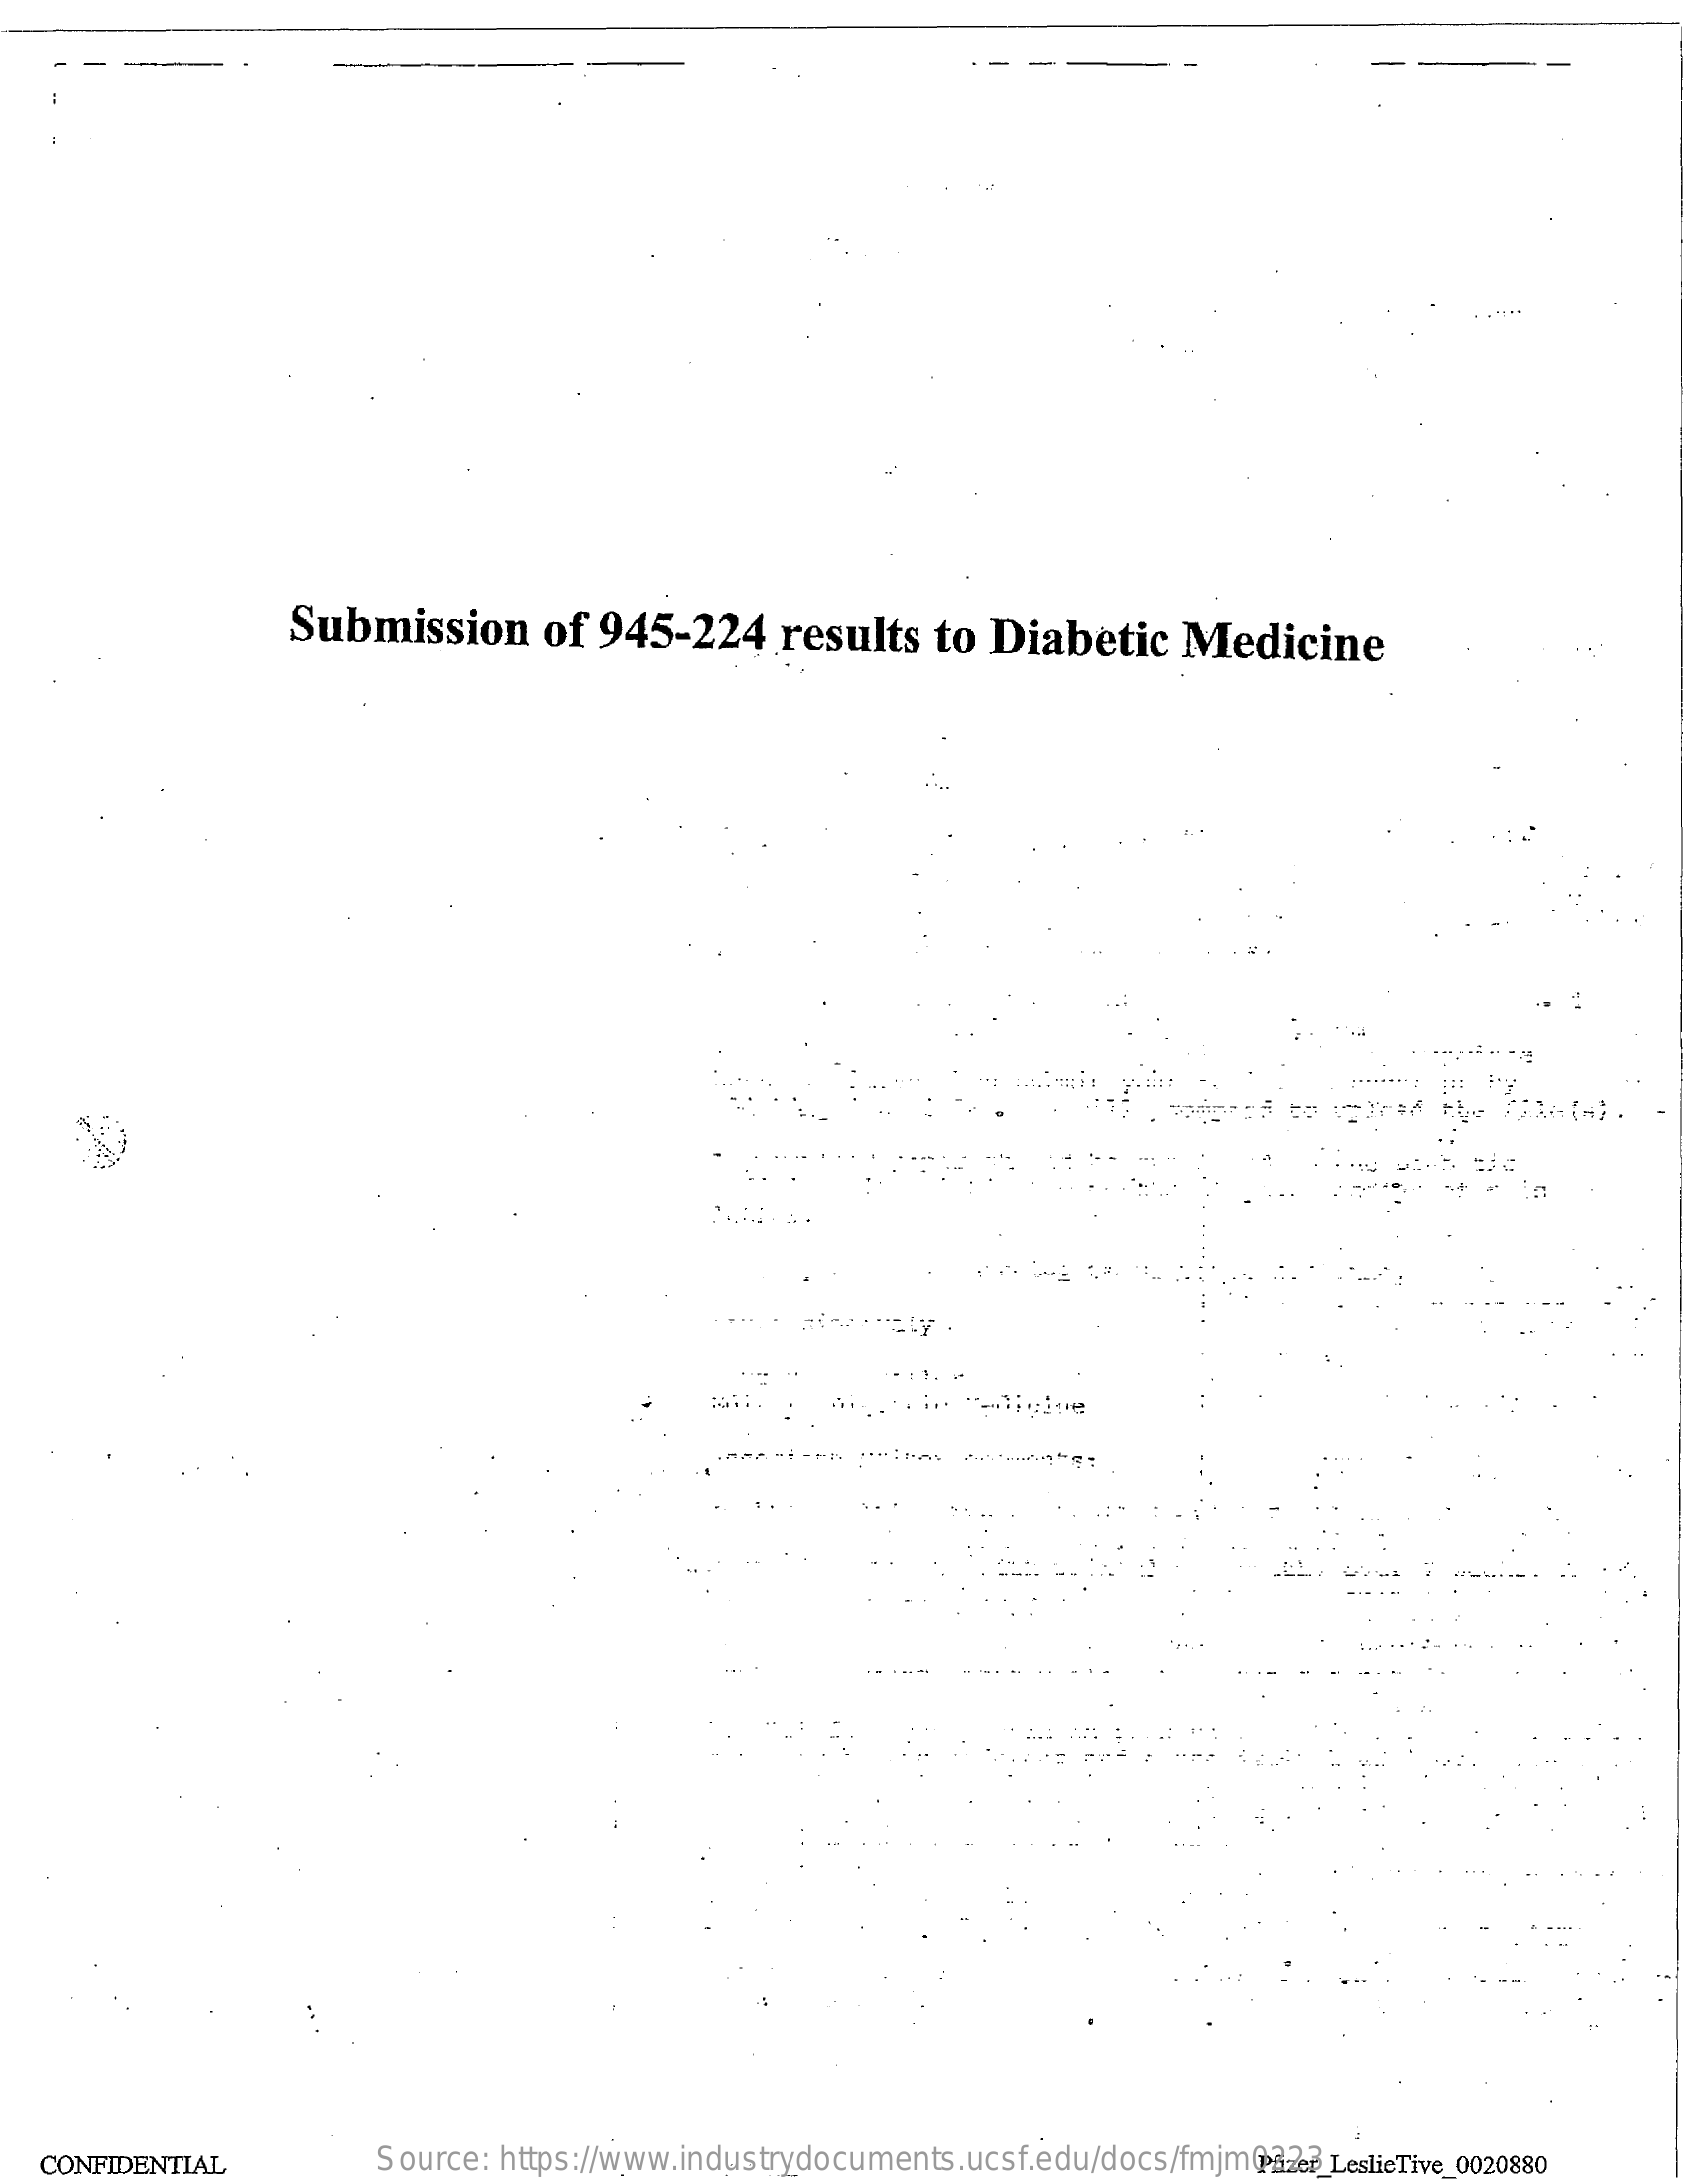
Submission    of  945-224    results  to  Diabetic    Medicine
   CONFIDENTIAL    Source: https://www.industrydocuments.ucsf.edu/docs/fmjm0223 Pfizer_LeslicTive_0020880